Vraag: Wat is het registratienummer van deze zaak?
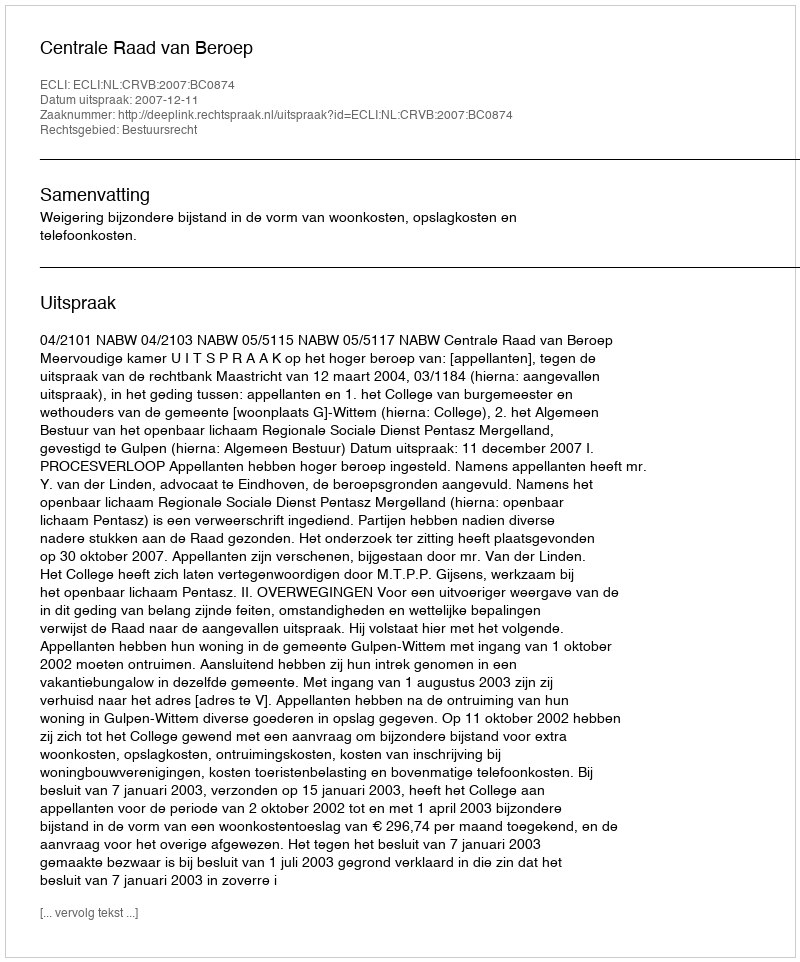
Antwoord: http://deeplink.rechtspraak.nl/uitspraak?id=ECLI:NL:CRVB:2007:BC0874